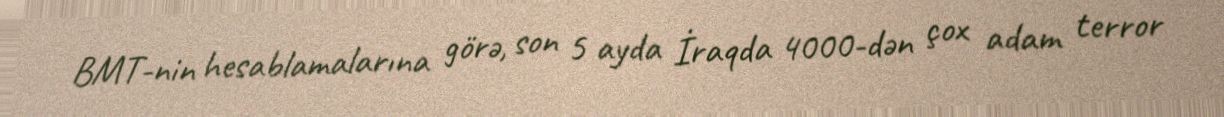
BMT-nin hesablamalarına görə, son 5 ayda İraqda 4000-dən çox adam terror